Document type: Grant
Year: 1445
Scribe: Antoni Gomar
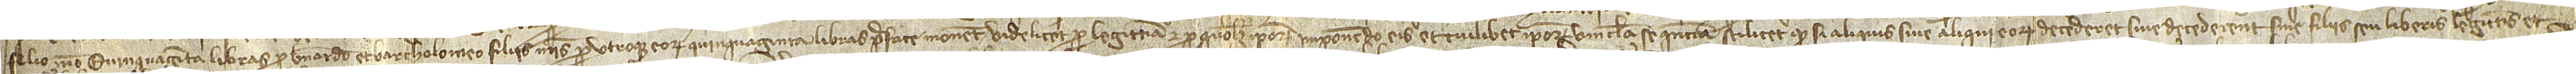
filio meo, quinquaginta libras pro Bernardo et Bartholomeo, filiis meis, pro utroque eorum quinquaginta libras prefate monete, videlicet, pro legittima et pro quolibet ipsorum, imponendo eis et cuilibet ipsorum vincula sequentia, scilicet, quod si aliquis sive aliqui eorum decederet sive decederent sine filiis seu liberis legittimis et